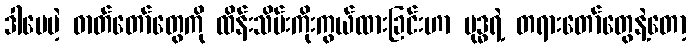
ဒါပေမဲ့ ဓာတ်တော်တွေကို ထိန်းသိမ်းကိုးကွယ်ထားခြင်းဟာ ဗုဒ္ဓရဲ့ တရားတော်တွေနဲ့တော့